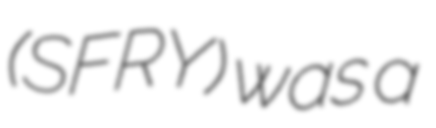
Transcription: (SFRY) was a